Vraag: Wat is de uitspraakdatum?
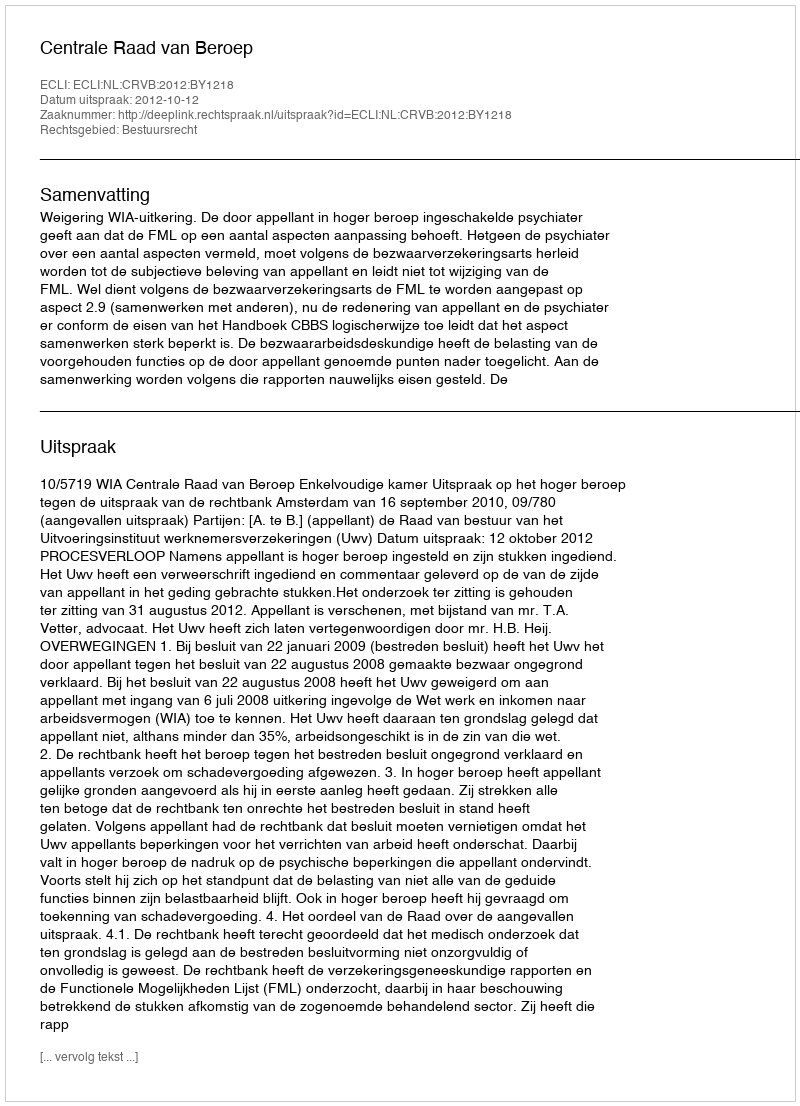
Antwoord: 2012-10-12